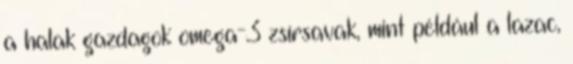
a halak gazdagok omega-3 zsírsavak, mint például a lazac,